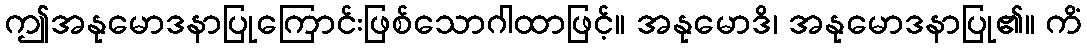
ဤအနုမောဒနာပြုကြောင်းဖြစ်သောဂါထာဖြင့်။ အနုမောဒိ၊ အနုမောဒနာပြု၏။ ကိံ